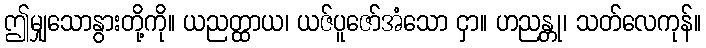
ဤမျှသောနွားတို့ကို။ ယညတ္ထာယ၊ ယဇ်ပူဇော်အံသော ငှာ။ ဟညန္တု၊ သတ်လေကုန်။